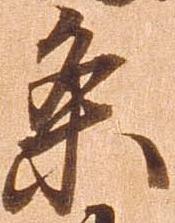
条